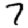
Digit: 7